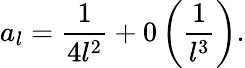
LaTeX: a_{l}=\displaystyle\frac{1}{4l^{2}}+0\left(\displaystyle\frac{1}{l^{3}}\right).